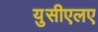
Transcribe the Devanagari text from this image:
युसीएलए